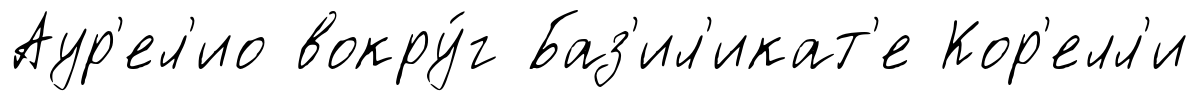
Аур'ел'ио вокру́г Баз'ил'икат'е Кор'елл'и